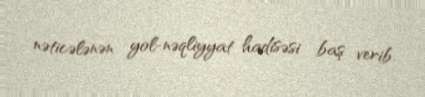
nəticələnən yol-nəqliyyat hadisəsi baş verib.